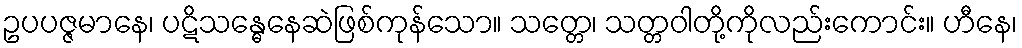
ဥပပဇ္ဇမာနေ၊ ပဋိသန္ဓေနေဆဲဖြစ်ကုန်သော။ သတ္တေ၊ သတ္တဝါတို့ကိုလည်းကောင်း။ ဟီနေ၊